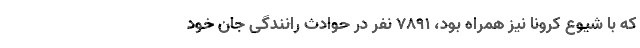
که با شیوع کرونا نیز همراه بود، ۷۸۹۱ نفر در حوادث رانندگی جان خود